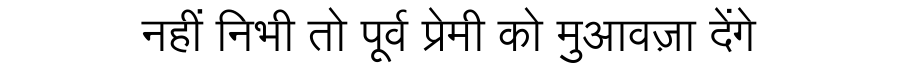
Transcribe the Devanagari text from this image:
नहीं निभी तो पूर्व प्रेमी को मुआवज़ा देंगे